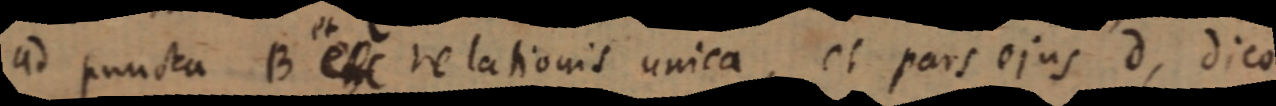
ad puncta B et relationis unica, et pars ejus d, dico